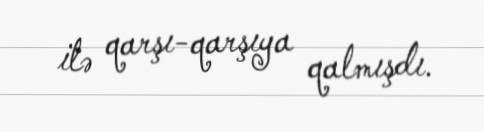
ilə qarşı-qarşıya qalmışdı.